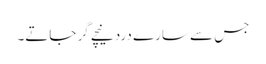
جس سے سارے درد نیچے گر جاتے۔